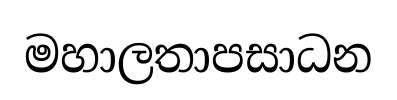
මහාලතාපසාධන